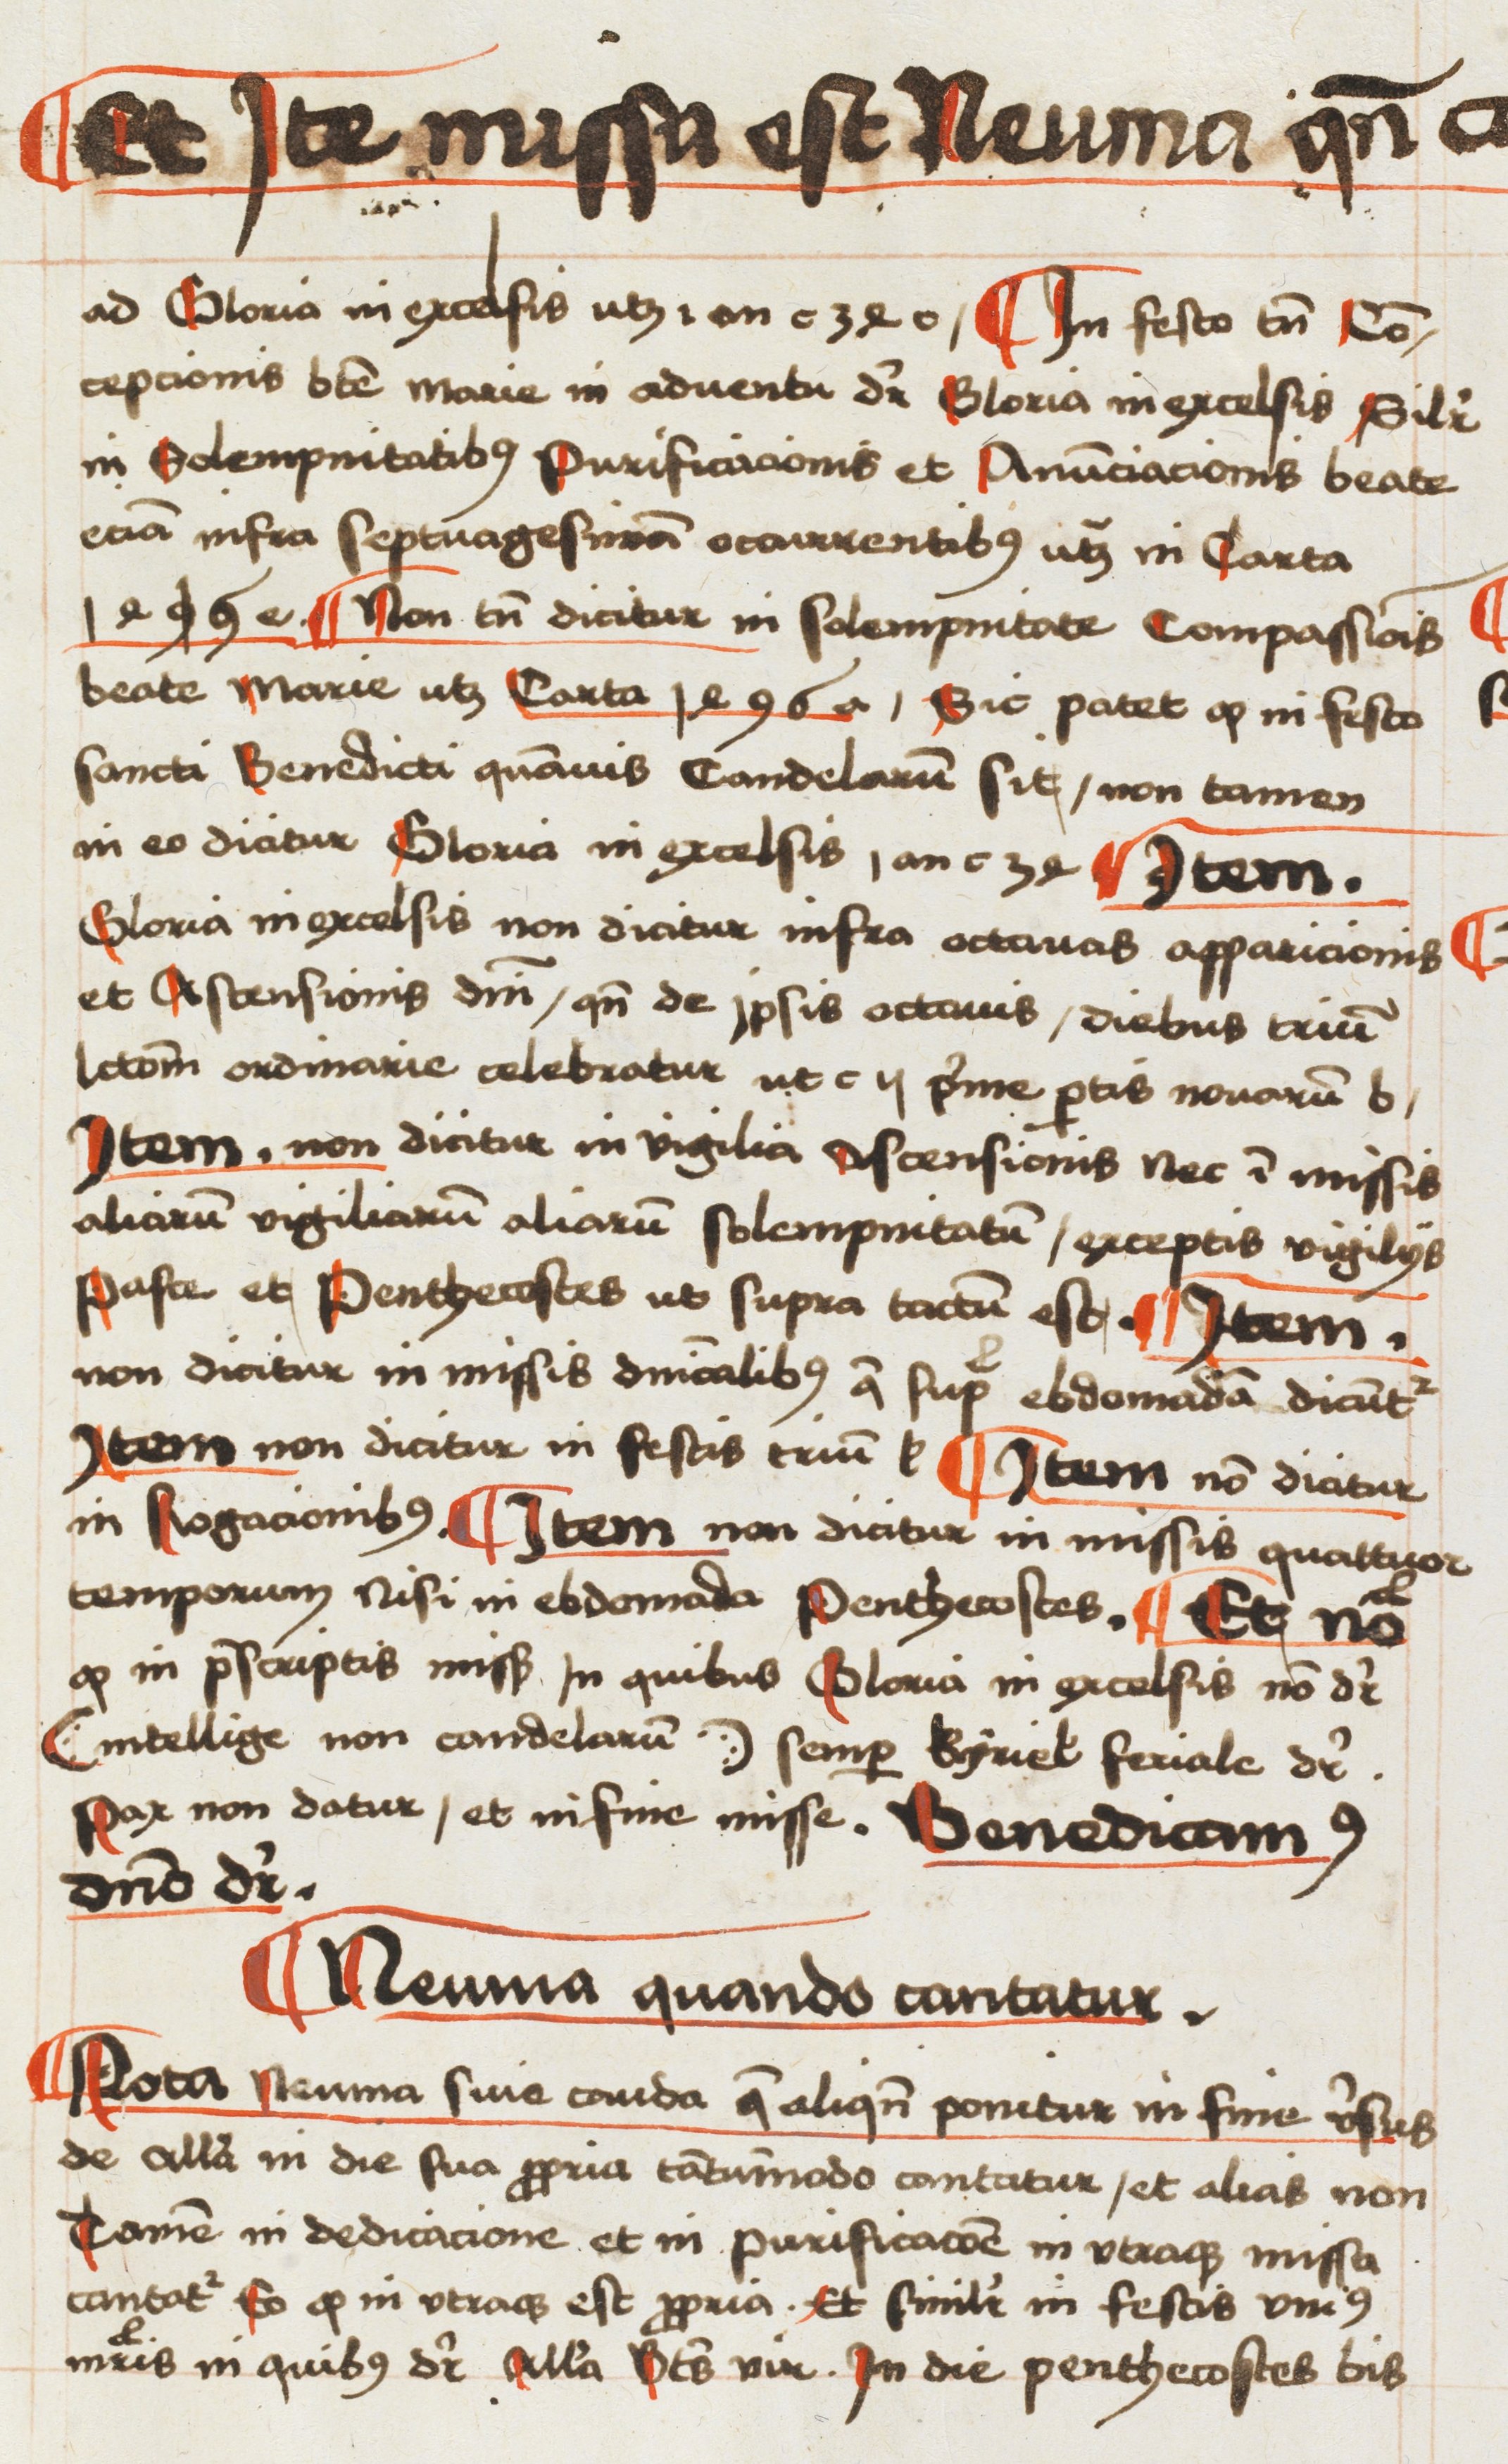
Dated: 1496–1498